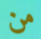
من